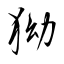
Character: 狕